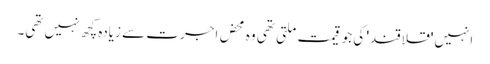
انہیں 'قلاقند' کی جو قیمت ملتی تھی وہ محض اجرت سے زیادہ کچھ نہیں تھی۔